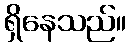
ရှိနေသည်။